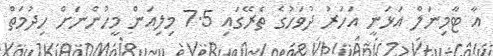
އާ ޓާމިނަލް އަޅަނީ އަހަރު ދުވަހުގެ ތެރޭގައި 7.5 މިލިއަން މީހުންނަށް ހިދުމަތް